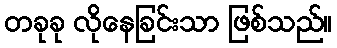
တခုခု လိုနေခြင်းသာ ဖြစ်သည်။